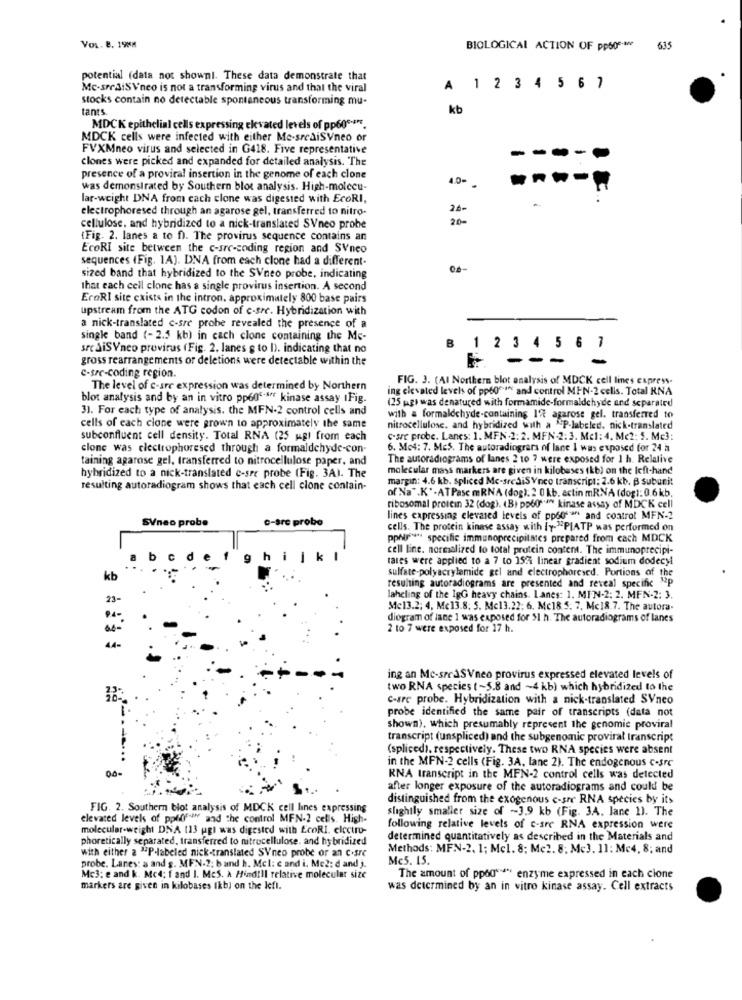
Vou. 8. 198M
BIOLOGICAL ACTION OF pp500-Me
635
potential (data not shownl. These data demonstrate that
Mc-sreSiSVneo is not a transforming virus and that the viral
A 1 2 3 4 5 6 7
stocks contain no detectable spontaneous transforming mu-
tants
kb
MDCK epithelial cells expressing elevated levels of pp600 **.
MDCK cells were infected with either Me-srediSVneo or
FVXMneo virus and selected in G418. Five representative
clones were picked and expanded for detailed analysis. The
----
presence of a proviral insertion in the genome of each clone
4.0-
was demonstrated by Southern blot analysis. High-molecu-
lar-weight DNA from cach clone was digested with EcoRI,
electrophoresed through an agarose gel, transferred to nitro-
26-
.
20-
cellulose, and hybridized to a nick-translated SVneo probe
(Fig. 2. lanes a to f). The provirus sequence contains an
EcoRI site between the c-sre-coding region and SVneo
sequences (Fig. 1A). DNA from each clone had a different-
sized band that hybridized to the SVneo probe, indicating
that each cell clone has a single provirus insertion. A second
EroRI site exists in the intron. approximately 800 base pairs
upstream from the ATG codon of c-sre. Hybridization with
a nick-translated c-sre probe revealed the presence of a
single band (- 2.5 kb) in cach clone containing the Me-
sre SiSVneo provirus (Fig. 2. lanes g to I). indicating that no
1 2 3 4 5 6 7
gross rearrangements or deletions were detectable within the
--
c-tre-coding region.
FIG. 3. (Al Northern blot analysis of MDCK cell lines express.
The level of c-are expression was determined by Northern
ing elevated levels of pp60"af and control MIN-2 cells. Total RNA
blot analysis and by an in vitro ppeg's kinase assay IFig.
(25 mg) was denatured with formamide-formaldehyde and separated
31. For each type of analysis. the MFN-2 control cells and
with & formaldehyde-containing 1% agarose gel. transferred to
cells of each clone were grown to approximately the same
nitrocellulose. and hybridized with a "P-labeled, nick-translated
subconfluent cell density. Total RNA (25 ugl from each
c.sre probe. Lanes: 1. MFN.2: 2. MFN-2: 3. Mcl: 4. Mc2: 5. Mc3:
clone was clectrophoresed through a formaldehyde-con-
6. Me4: 7. Mes. The autoradiogrars of lane 1 was exposed for 24 à
taining agarose gel, transferred to nitrocellulose paper, and
The autoradiograms of lanes 2 10 7 were exposed for 1 h. Relative
molecular mass markers are given in kilobases (kb) on the left-hand
hybridized to a nick-translated c-sre probe (Fig. 3A). The
margin: 4.6 kb. spliced Mc-srediSVneo transcript: 2.6 kb. B subunit
resulting autoradiogram shows that each cell clone contain-
of Na".K' -ATPasc mRNA (dog). 2 0 kb. actin mRNA (dog1: 0.6 kb,
ribosomal protein 32 (dog), (B) pp601.ª" kinase assay of MDCK cell
SVneo probe
c-are probe
lines expressing elevated levels of ppogran and control MFN -?
cells. The protein kinase assay with fy-"PIATP was performed on
pphu specific immunoprecipitates prepared from each MDCK
cell line. normalized to total protein content. The immunoprecipi-
9
k
rates were applied to a 7 to 152 linear gradient sodium dodecyl
kb
sulfate-polyacrylamide gel and electrophoresed. Portions of the
resulting autoradiograms are presented and reveal specific
23-
laheling of the IgG heavy chains. Lanes: 1. MIN-2: 2. MEN-2: 3.
Me13.2; 4, Mc13.8. 5. Mc13.22: 6. Mc18.5. 7. Mc18.7. The autora-
·4
diogram of lane 1 was exposed for 51 h. The autoradiograms of lanes
2 to 7 were exposed for 17 h.
4.4-
ing an Mc-sredSVneo provirus expressed elevated levels of
two RNA species (~5.8 and ~4 kb) which hybridized to the
32:
c-are probe. Hybridization with a nick-translated SVneo
probe identified the same pair of transcripts (data not
shown), which presumably represent the genomic proviral
transcript (unspliced) and the subgenomic proviral Iranscript
(spliced), respectively. These two RNA species were absent
in the MFN-2 cells (Fig. 3A, lane 2). The endogenous c-src
00-
RNA transcript in the MFN-2 control cells was detected
after longer exposure of the autoradiograms and could be
distinguished from the exogenous e-sre RNA species by its
FIG. 2. Southern blot analysis of MDCK cell lines expressing
slightly smaller size of ~3.9 kb (Fig. 3A. lane 1). The
elevated levels of ppliffun and the control MFN-2 cells. High-
molecular-weight DNA (13 ugi was digested with EcoRI. electro-
following relative levels of c-sre RNA expression were
phoretically separated, transferred to nitrocellulose. and hybridized
determined quantitatively as described in the Materials and
with either a "P-labeled nick-translated SVneo probe or an c.sre
Methods: MFN-2. 1; Mcl. 8; Mc2. 8; Mc3. 11: Mc4, 8; and
Me5. 15.
probe. Lares: a and g. MEN-2: band h. Mcl: c and i. Me2: d and ).
Mc3: e and k. Mc4; f and I. McS. A. Hind!Il relative molecular size
The amount of ppo0" ** enzyme expressed in each cione
markers are given in kilobases Ikb) on the Iefi.
was determined by an in vitro kinase assay. Cell extracts